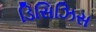
ડિસિઝિસ